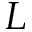
L